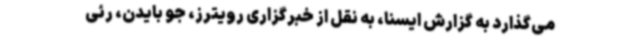
می‌گذارد به گزارش ایسنا، به نقل از خبرگزاری رویترز، جو بایدن، رئی